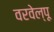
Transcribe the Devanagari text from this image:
वरवेल्पू